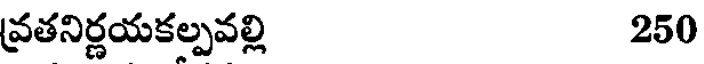
వ్రతనిర్ణయకల్పవల్లి 250